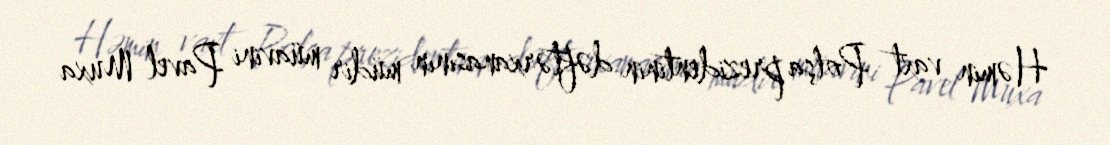
Həmin vaxt Polşa prezidentinin dəftərxanasının müdir müavini Pavel Muxa